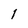
Character: l